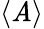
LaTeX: \langle\mathit{A}\rangle